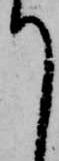
て